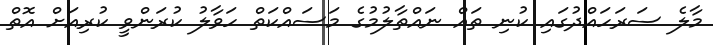
މާލެ ސަރަހައްދުގައި ކުނި ތައް ނައްތާލުމުގެ މަސައްކަތް ހަވާލު ކުރަންވީ ކުރިއަށް އޮތް